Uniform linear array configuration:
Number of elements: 16
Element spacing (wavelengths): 0.25
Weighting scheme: cosine
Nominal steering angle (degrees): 15
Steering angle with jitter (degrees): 15.095
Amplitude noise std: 0.05
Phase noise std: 0.05

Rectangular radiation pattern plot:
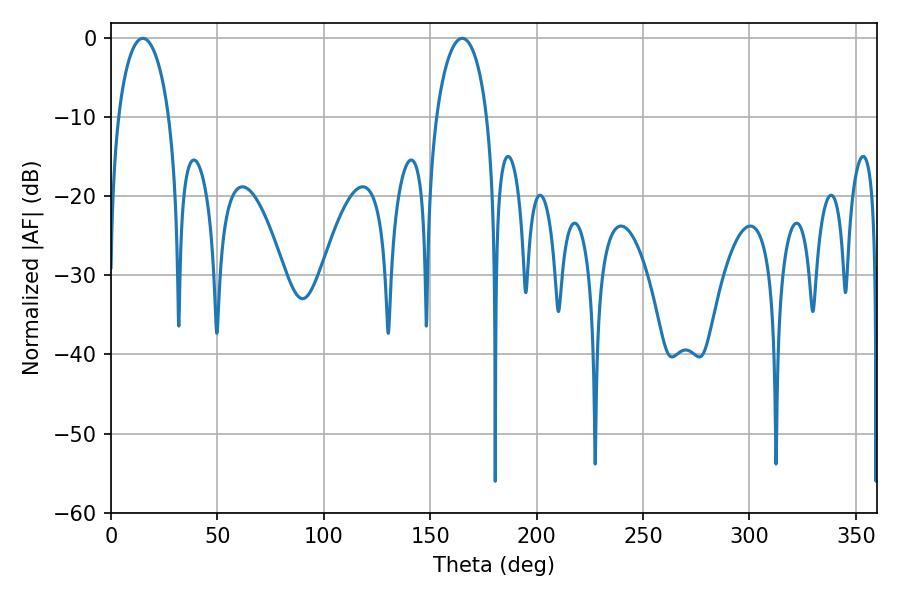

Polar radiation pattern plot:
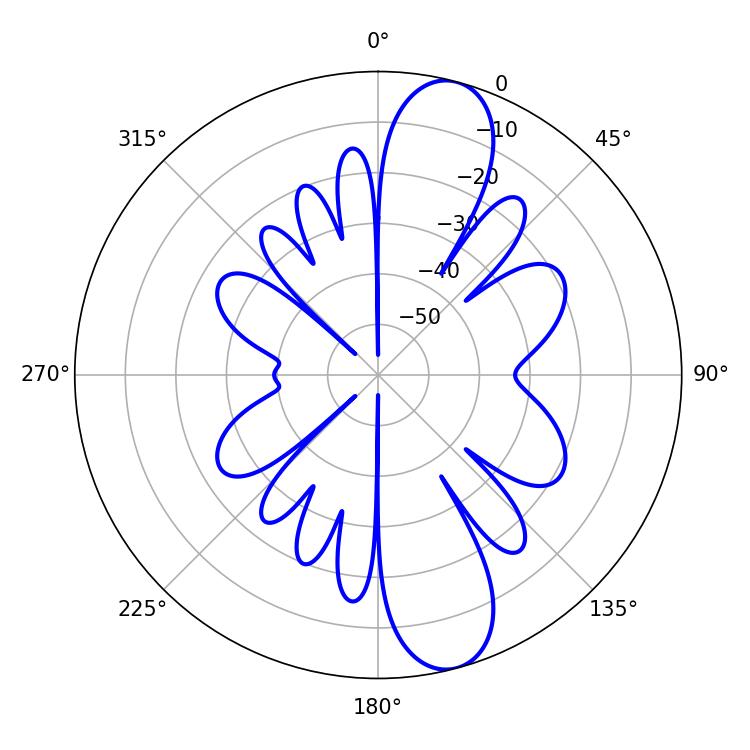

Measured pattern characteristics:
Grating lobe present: FALSE
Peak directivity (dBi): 11.64
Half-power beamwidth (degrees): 13.68
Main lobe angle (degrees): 14.94